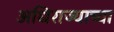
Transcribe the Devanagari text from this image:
अधिराज्याच्या